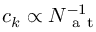
c _ { k } \propto N _ { \mathrm { ~ a ~ t ~ } } ^ { - 1 }